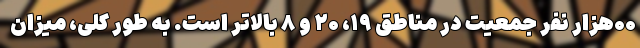
۰۰هزار نفر جمعیت در مناطق ۱۹، ۲۰ و ۸ بالاتر است. به‌ طور کلی، میزان